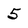
Character: 5